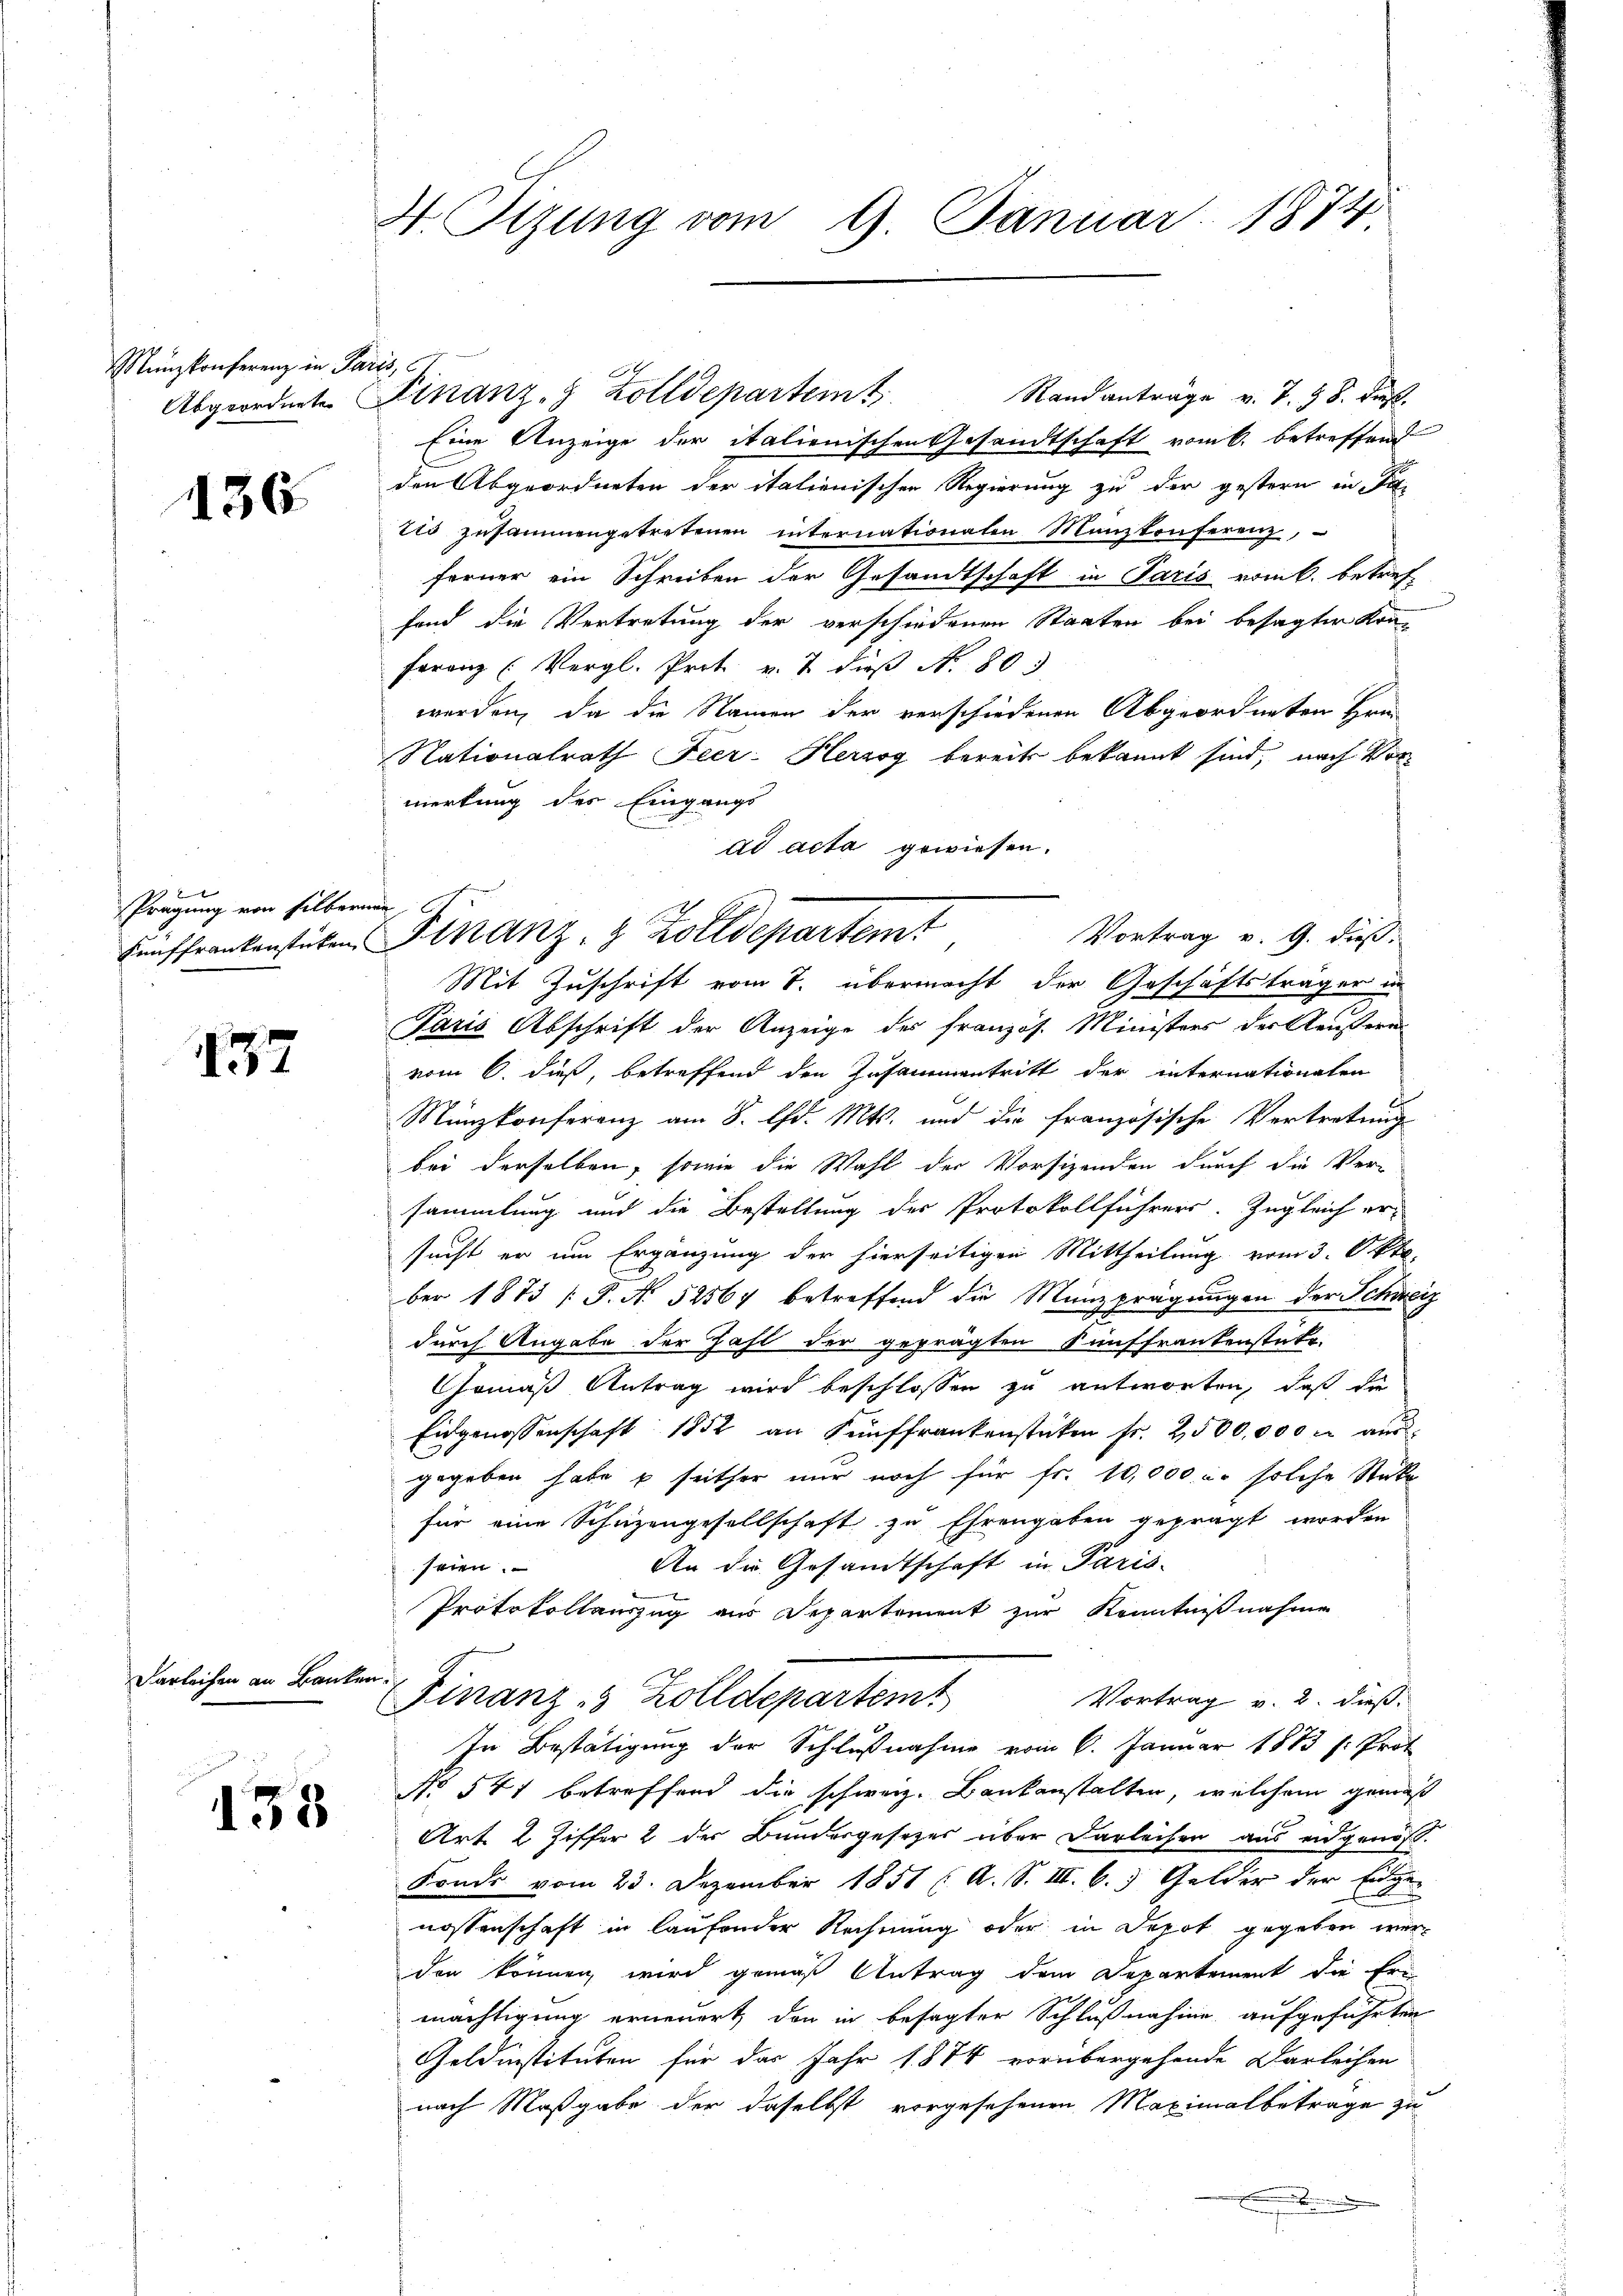
Münzkonferenz in Par

136.

2x
Prägung von silbern
Kauffrankenstücken.

437

Darleichen an Banken

155

4. Tizung vom 9. Januar 1874

it

i

Randanträge v. J. 18. dieß.
Abgeordnete Finanz- Zolldepartem t
Eine Anzeige der italienischen Gesandtschaft vom 6. betreffend
den Abgeordneten der italienischen Regierung zu der gestern in Fa¬
Eid zusammengetretenen internationaten Manzkonferenz,
ferner ein Schreiben der Gesandtschaft in Paris vom k. betref-
fand die Vertretung der verschiedenen Staaten bei besagten Konferenz (Vergl. Prot u. 7 dieβ No. 80.
werden, da die Namen der verschiedenen Abgeordneten Hrn
Nationalrath Feer: Herzog bereits bekannt sind, nach Vormerkung des Eingangs
ad acta gewiesen.
Mit Zuschrift vom 7. übermacht der Geschäftsträger in
Paris Abschrift der Anzeige des französ. Ministers der Aeußern
vom 6. dieß, betreffend den Zusammentritt der internationalen
Münzkonferenz am 8. d. Mts. und die französische Vertretung
bei derselben, sowie die Wahl der Vorsizenden durch die Versammlung und die Bestellung des Protokollführers. Zugleich er-
sucht er um Ergänzung der hierseitigen Mittheilung vom 3. Okto
ber 1873 (S. N. 52567 betreffend die Münzprägungen der Schweiz
durch Angabe der Zahl der geprägten Künffrankenstütz-
Gemäß Antrag wird beschlossen zu antworten, daß die
Eidgenossenschaft 1852 an Fünffrankenstücken fr. 2500,000 rl aus
gegeben habe u seither nur noch für fr. 10,000 u. solche Stüke
für eine Schüzengesellschaft zu Ehrengaben geprägt worden
An die Gesandtschaft in Paris
seien.
Protokollanzug aus Departement zur Kenntnißnahme
e
Vortrag v. 2. dieß.
Finanz- & Zolldepartemt
In Bestätigung der Schlußnahme vom 6. Januar 1873 s: Prof.
No 541 betreffend die schweiz. Bankanstalten, welchem gemäß
Art. 2 Ziffer 2 der Bundesgesezes über Darleihen aus eidgenos.
Fonds vom 23. Dezember 1851 (A. S. III. b.) Gelder der Eigen
nossenschaft in laufender Rechnung oder in Depot gegeben werden können, wird gemäß Antrag dem Departement die Eri
mächtigung erneuert, den in besagter Schlußnahme aufgeführten
Goldinstituten für das Jahr 1874 vorübergehende Darleihen
nach Maßgabe der daselbst vorgesehenen Maximalbetrage zu
e

Finanz- & Zolldepartemt
Vortrag v. 9. dieß